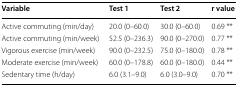
<table><thead><tr><td><b>Variable</b></td><td><b>Test 1</b></td><td><b>Test 2</b></td><td><b>r value</b></td></tr></thead><tbody><tr><td>Active commuting (min/day)</td><td>20.0 (0–60.0)</td><td>30.0 (0–60.0)</td><td>0.69 **</td></tr><tr><td>Active commuting (min/week)</td><td>52.5 (0–236.3)</td><td>90.0 (0–270.0)</td><td>0.77 **</td></tr><tr><td>Vigorous exercise (min/week)</td><td>90.0 (0–232.5)</td><td>75.0 (0–180.0)</td><td>0.78 **</td></tr><tr><td>Moderate exercise (min/week)</td><td>60.0 (0–178.8)</td><td>60.0 (0–180.0)</td><td>0.44 **</td></tr><tr><td>Sedentary time (h/day)</td><td>6.0 (3.1–9.0)</td><td>6.0 (3.0–9.0)</td><td>0.70 **</td></tr></tbody></table>